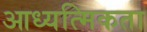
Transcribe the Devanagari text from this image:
आध्यत्मिकता